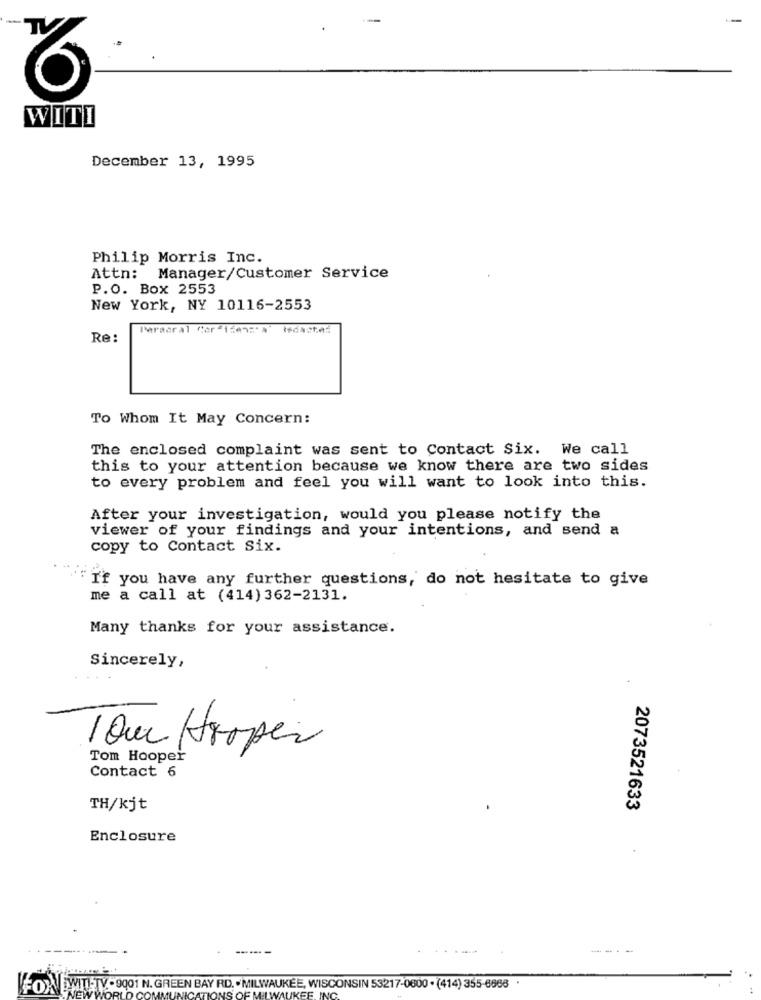
WITI
December 13, 1995
Philip Morris Inc.
Attn:
Manager/Customer Service
P.O. Box 2553
New York, NY 10116-2553
Paraoral Corsisen:" A" Wedastać
Re:
To Whom It May Concern:
The enclosed complaint was sent to Contact Six. We call
this to your attention because we know there are two sides
to every problem and feel you will want to look into this.
After your investigation, would you please notify the
viewer of your findings and your intentions, and send a
copy to Contact Six.
If you have any further questions, do not hesitate to give
me a call at (414) 362-2131.
Many thanks for your assistance.
Sincerely,
Tom Hooper
Tom Hooper
Contact 6
TH/kjt
2073521633
Enclosure
------
FONDWITHTY -9001 N. GREEN BAY RD. . MILWAUKEE, WISCONSIN 53217-0800 . (414) 355-6968 .
NS O
UKEE